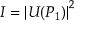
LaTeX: I = \left| U ( P _ { 1 } ) \right| ^ { 2 }